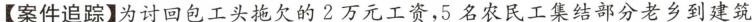
【案件追踪】为讨回包工头拖欠的2万元工资，5名农民工集结部分老乡到建筑